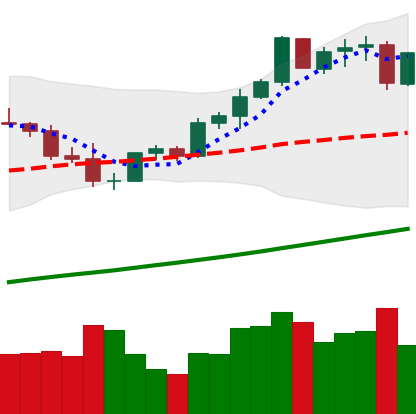
Ticker: ETH-USD
Chart end date: 2021-04-08
Forward return: 10.084%
Label: up_7plus